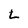
Character: L